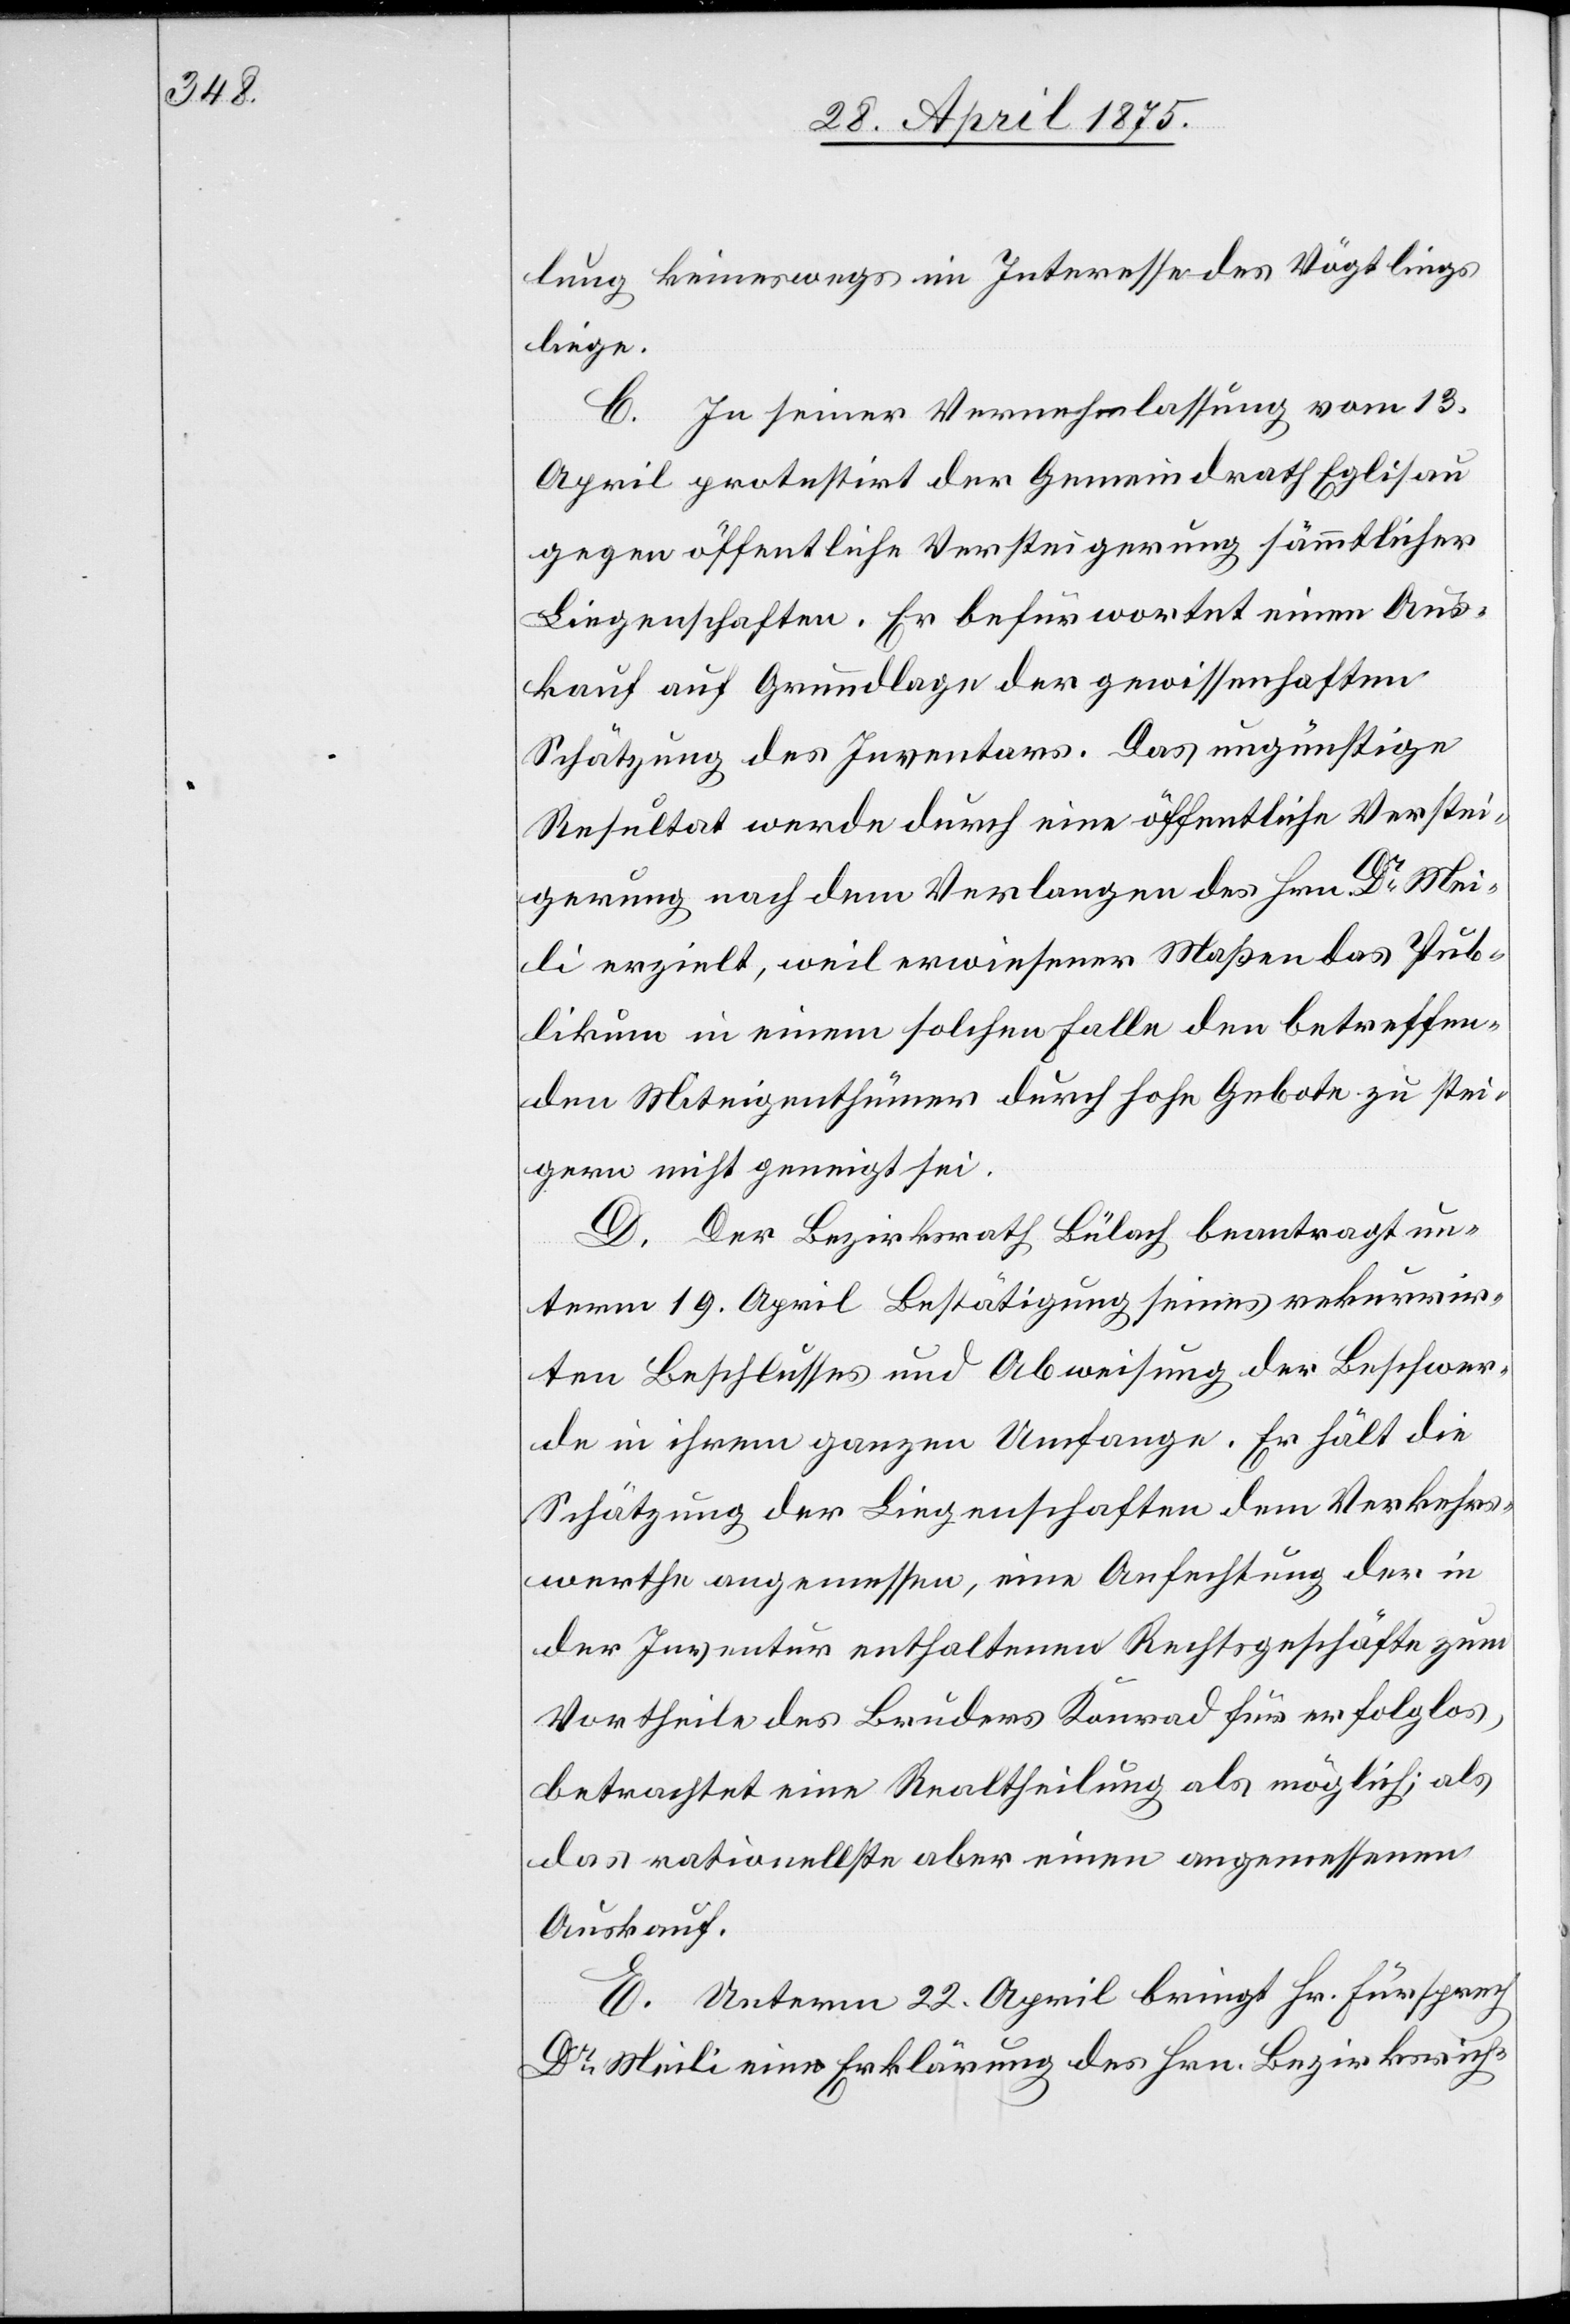
lung keineswegs im Interesse des Vögtlings
liege.
C. In seiner Vernehmlassung vom 13.
April protestirt der Gemeindrath Eglisau
gegen öffentliche Versteigerung sämmtlicher
Liegenschaften. Er befürwortet einen Aus¬
kauf auf Grundlage der gewissenhaften
Schätzung des Inventars. Das ungünstige
Resultat werde durch eine öffentliche Verstei¬
gerung nach dem Verlangen des Hrn. Dr. Mei¬
li erzielt, weil erwiesener Maßen das Pub¬
likum in einem solchen Falle den betreffen¬
den Miteigenthümer durch hohe Gebote zu stei¬
gern nicht geneigt sei.
D. Der Bezirksrath Bülach beantragt un¬
term 19. April Bestätigung seines rekurrir¬
ten Beschlusses und Abweisung der Beschwer¬
de in ihrem ganzen Umfange. Er hält die
Schätzung der Liegenschaften dem Verkehrs¬
werthe angemessen, eine Anfechtung der in
der Inventur enthaltenen Rechtsgeschäfte zum
Vortheile des Bruders Konrad für erfolglos,
betrachtet eine Realtheilung als möglich; als
das rationellste aber einen Angemessenen
Auskauf.
E. Unterm 22. April bringt Hr. Fürsprech
Dr. Meili eine Erklärung des Hrn.Bezirksrich-